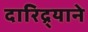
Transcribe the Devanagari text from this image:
दारिद्र्याने